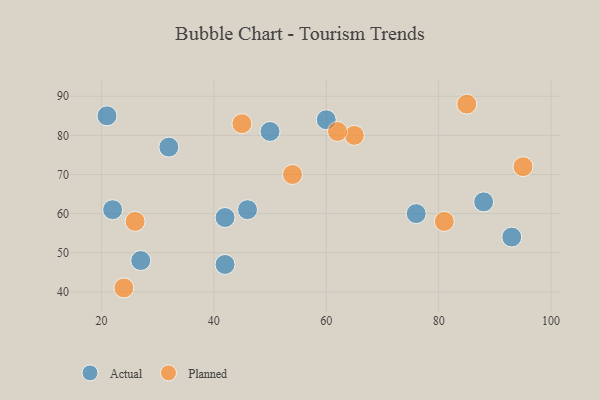
{"axis": {"x": "GDP", "y": "Life Expectancy"}, "legend": ["Actual", "Planned"], "data": [{"x": "76", "y": 60, "type": "Actual"}, {"x": "93", "y": 54, "type": "Actual"}, {"x": "22", "y": 61, "type": "Actual"}, {"x": "50", "y": 81, "type": "Actual"}, {"x": "27", "y": 48, "type": "Actual"}, {"x": "21", "y": 85, "type": "Actual"}, {"x": "42", "y": 47, "type": "Actual"}, {"x": "42", "y": 59, "type": "Actual"}, {"x": "60", "y": 84, "type": "Actual"}, {"x": "46", "y": 61, "type": "Actual"}, {"x": "88", "y": 63, "type": "Actual"}, {"x": "32", "y": 77, "type": "Actual"}, {"x": "45", "y": 83, "type": "Planned"}, {"x": "54", "y": 70, "type": "Planned"}, {"x": "24", "y": 41, "type": "Planned"}, {"x": "65", "y": 80, "type": "Planned"}, {"x": "62", "y": 81, "type": "Planned"}, {"x": "85", "y": 88, "type": "Planned"}, {"x": "95", "y": 72, "type": "Planned"}, {"x": "26", "y": 58, "type": "Planned"}, {"x": "81", "y": 58, "type": "Planned"}]}